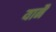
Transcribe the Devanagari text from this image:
यानै